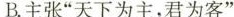
B.主张”天下为主，君为客”